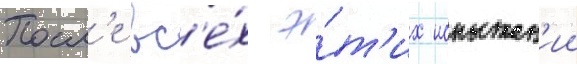
Посл'е вс'е́х э́т'их испытан'ии